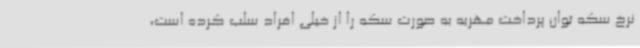
نرخ سکه توان پرداخت مهریه به صورت سکه را از خیلی افراد سلب کرده است،